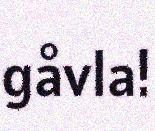
gåvla!